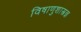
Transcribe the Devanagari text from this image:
विषाणुशास्त्रज्ञ